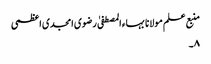
منبع علم مولانا بہاء المصطفیٰ رضوی امجدی اعظمی
۸۔